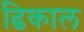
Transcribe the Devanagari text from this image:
ढिकाल